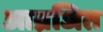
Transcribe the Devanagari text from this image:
आव्रजित